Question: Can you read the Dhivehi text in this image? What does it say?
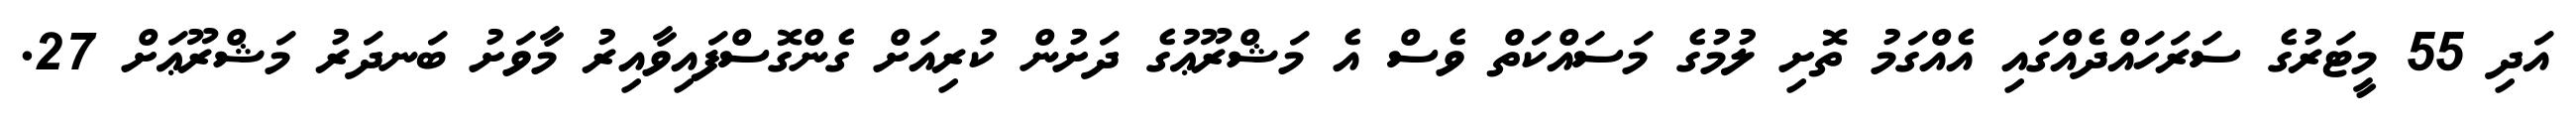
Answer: އަދި 55 މީޓަރުގެ ސަރަހައްދެއްގައި އެއްގަމު ތޮށި ލުމުގެ މަސައްކަތް ވެސް އެ މަޝްރޫޢުގެ ދަށުން ކުރިއަށް ގެންގޮސްފައިވާއިރު މާވަށު ބަނދަރު މަޝްރޫޢަށް 27.